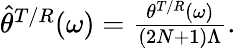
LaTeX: \begin{array}{r}{\widehat{\theta}^{T/R}(\omega)=\frac{\theta^{T/R}(\omega)}{(2N+1)\Lambda}.}\end{array}